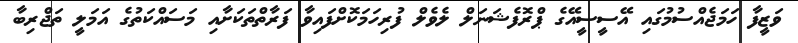
ވަޒީފާ ހަމަޖެއްސުމުގައި އޭސީސީއޭގެ ޕްރޮފެޝަނަލް ލެވެލް ފުރިހަމަކޮށްފައިވާ ފަރާތްތަކަށާއި މަސައްކަތުގެ އަމަލީ ތަޖްރިބާ